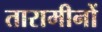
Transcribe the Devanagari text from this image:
तारामीनों